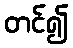
တင်၍